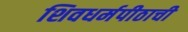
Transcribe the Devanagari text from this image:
शिवधर्मपीठाची